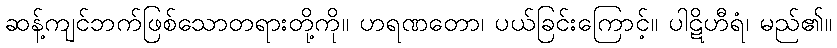
ဆန့်ကျင်ဘက်ဖြစ်သောတရားတို့ကို။ ဟရဏတော၊ ပယ်ခြင်းကြောင့်။ ပါဋိဟီရံ၊ မည်၏။